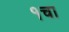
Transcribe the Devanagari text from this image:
१चा